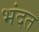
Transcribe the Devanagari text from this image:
भंदत